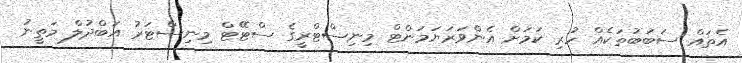
އެތައް ސަބަބުތަކެއް ހުރި ކަމަށް އެންވަރަޔަމަންޓް މިނިސްޓްރީގެ ސްޓޭޓް މިނިސްޓަރު އަބްދުލް މަތީނު